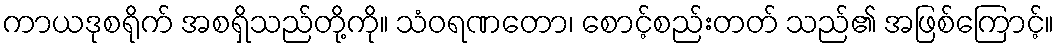
ကာယဒုစရိုက် အစရှိသည်တို့ကို။ သံဝရဏတော၊ စောင့်စည်းတတ် သည်၏ အဖြစ်ကြောင့်။